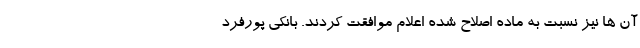
آن ها نیز نسبت به ماده اصلاح شده اعلام موافقت کردند. بانکی پورفرد